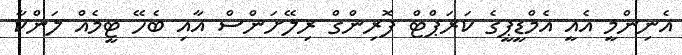
އެނިންމީ އެއީ އެމްޑީޕީގެ ކަރަޕްޓް ފޮރިންގް ރިލޭށަންސް އާއި ބެހޭ ޓީމެއް ލަންކާ